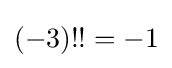
(-3)!!=-1